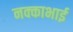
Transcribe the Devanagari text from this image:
नक्काभाई